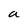
Character: a